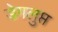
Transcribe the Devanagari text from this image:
डेगलुप्त